Vaccination in Bombay 1863-1868 - 1863-1868
Year: 1863
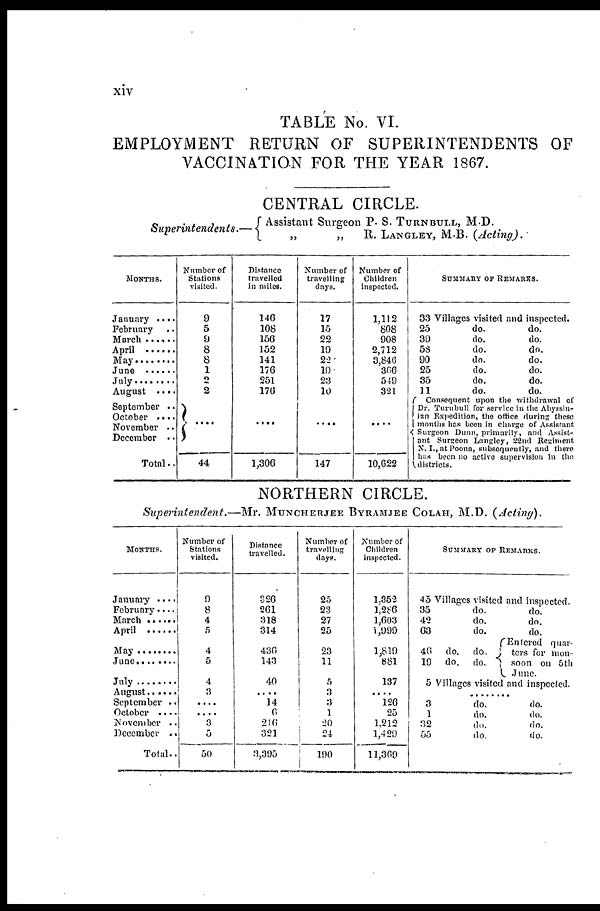
xiv
TABLE No. VI.
EMPLOYMENT RETURN OF SUPERINTENDENTS OF
VACCINATION FOR THE YEAR 1867.
CENTRAL CIRCLE.
Superintendents.
Assistant Surgeon P. S. TURNBULL, M.D.
„
„
R. LANGLEY, M.B. (Acting).
MONTHS.
January . . . .
February . .
March . . . . . .
April . . . . . .
May . . . . . . . .
June . . . . . . . .
July . . . . . . . .
August . . . .
September . .
October . . . .
November . .
December . .
Total..
Number of
Stations
visited.
9
5
9
8
8
1
2
2
....
44
Distance
travelled
in miles.
146
108
156
152
141
176
251
176
....
1,306
Number of
travelling
days.
17
15
22
19
22
19
23
10
....
147
Number of
Children
inspected.
1,112
808
908
2,712
3,846
366
549
321
....
10,622
SUMMARY OF REMARKS.
33 Villages visited and inspected.
25
39
58
90
25
35
11
do.
do.
do.
do.
do.
do.
do.
do.
do.
do.
do.
do.
do.
do.
Consequent upon the withdrawal of
Dr. Turnbull for service in the Abyssin-
ian Expedition, the office during these
months has been in chttrgu of Assisrant
Surgeon Dunn, primarily, and Assist¬
ant Surseon Lamgley, 22nd Regiment
N. I., at Poona, subsequently, and there
has been no active supervision in the
districts.
NORTHERN CIRCLE.
Superintendent.—Mr.
MUNCHERJEE BYRAMJEE COLAH, M.D. (Acting).
MONTHS.
January ....
February
March . . . . . .
April . . . . . .
May . . . . . .
June . . . . . .
July . . . . . .
August . . . .
September . .
October . .
November
. .
December . .
Total. .
Number of
Stations
visited.
9
8
4
5
4
5
4
3
....
....
3
5
50
Distance
travelled.
326
261
318
314
436
143
40
....
14
6
216
321
3,395
Number of
travelling
days.
25
23
27
25
23
11
5
3
3
1
20
24
190
Number of
Children
inspected.
1,352
l,286
1,603
1,999
1,819
881
137
....
126
25
1,212
1,429
11,309
SUMMARY OF REMARKS.
45 Villages visited and inspected.
35
42
63
40
19
do.
do.
do.
do.
do.
do.
do.
do.
do.
do.
Entered quar¬
ters for mon¬
soon on 5th
June.
5 Villages visited and inspected.
. . . . . . . .
3
1
32
55
do.
do.
do.
do.
do.
do.
do.
do.